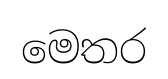
මෙතර